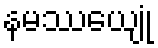
နမဿေယျုံ